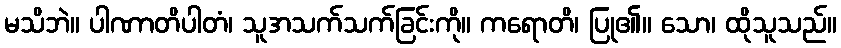
မသိဘဲ။ ပါဏာတိပါတံ၊ သူအသက်သက်ခြင်းကို။ ကရောတိ၊ ပြု၏။ သော၊ ထိုသူသည်။